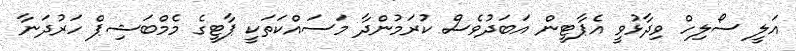
އަލީ ސޯލިހް ވިދާޅުވީ އެޕާޓީން އަބަދުވެސް ކުރަމުންދާ މަސައްކަތަކީ ޕާޓީގެ މެމްބަޝިޕް ހަރުދަނާ